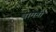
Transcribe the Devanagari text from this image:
वामनी